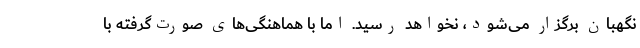
نگهبان برگزار می‌شود، نخواهد رسید. اما با هماهنگی‌های صورت‌گرفته با